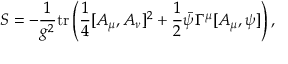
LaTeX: S = - \frac { 1 } { g ^ { 2 } } \mathrm { t r } \left( \frac { 1 } { 4 } [ A _ { \mu } , A _ { \nu } ] ^ { 2 } + \frac { 1 } { 2 } \bar { \psi } \Gamma ^ { \mu } [ A _ { \mu } , \psi ] \right) ,